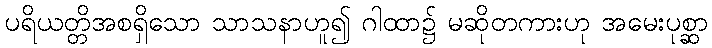
ပရိယတ္တိအစရှိသော သာသနာဟူ၍ ဂါထာ၌ မဆိုတကားဟု အမေးပုစ္ဆာ